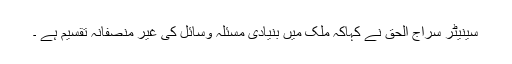
سینیٹر سراج الحق نے کہاکہ ملک میں بنیادی مسئلہ وسائل کی غیر منصفانہ تقسیم ہے ۔